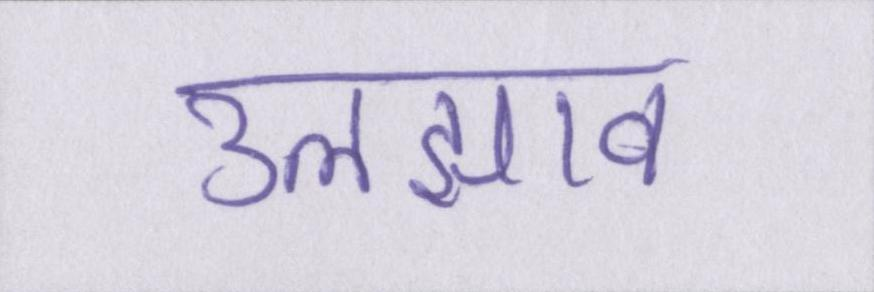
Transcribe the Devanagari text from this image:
उलझाव